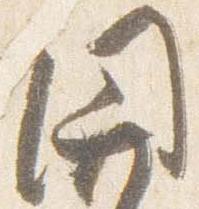
関